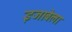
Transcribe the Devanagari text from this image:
इजाबेला